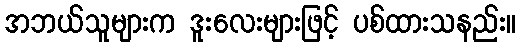
အဘယ်သူများက ဒူးလေးများဖြင့် ပစ်ထားသနည်း။